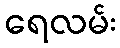
ရေလမ်း